Annual statistical returns and brief notes on vaccination in Bengal - 1887-1898
Year: 1887
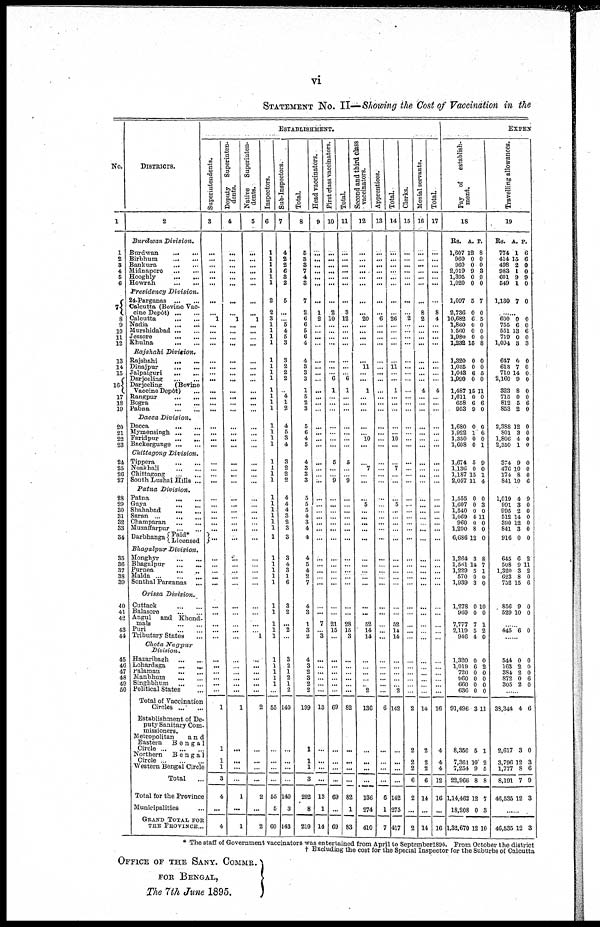
vi
STATEMENT No. II— Showing the Cost of Vaccination in the
No.
1
1
2
3
4
5
6
7
8
9
10
11
12
13
14
15
16
17
18
19
20
21
22
23
24
25
26
27
28
29
30
31
32
33
34
35
36
37
38
39
40
41
42
43
44
45
46
47
48
49
50
DISTRICTS.
2
Burdwan
Division.
Burdwan
...
...
Birbhum
...
...
Bankura
...
...
Midnapore ... ...
Hooghly
...
...
Howrah
...
...
Presidency
Division.
24-Parganas
...
...
Calcutta (Bovine Vac-
cine Depôt)
...
...
Calcutta
...
...
Nadia
...
...
Murshidabad
...
...
Jessore ... ...
Khulna
...
...
Rajshahi
Division.
Rajshahi
...
...
Dinajpur ... ...
Jalpaiguri
...
...
Darjeeling
...
...
Darjeeling
(Bovine
Vaccine Depôt)
...
Bangpur
...
...
Bogra
...
...
Pabna
...
...
Dacca
Division.
Dacca
...
...
Mymensingh
...
...
Paridpur
...
...
Backergunge
...
...
Chittagong
Division.
Tippera
...
...
Noakhali
...
...
Chittagong ... ...
South Lushai Hills ...
Patna
Division.
Patna
...
...
Gaya
... ...
Shahabad
...
...
Saran ... ... ...
Champaran
...
...
Muzaffarpur
...
...
Darbhanga Paid*
Licensed
Bhagalpur
Division.
Monghyr
...
...
Bhagalpur
...
...
Purnea
...
...
Malda
...
...
...
Sonthal Parganas
...
Orissa
Division.
Cuttack
...
...
Balasore
...
...
Angul
and Khond¬
mals
...
...
Puri
...
...
Tributary States
Chota
Nagpur
Division.
Hazaribagh
...
...
Lohardaga
. . . ...
Palamau
...
...
Manbhum
...
...
Singhbhum
...
...
Political States ...
Total of Vaccination
Circles
...
...
Establishment of De-
puty Sanitary Com-
missioners.
Metropolitan
a n d
Eastern
Bengal
Circle
...
...
...
Northern
Bengal
Circle
...
...
...
Western Bengal Circle
Total ...
Total for the Province
Municipalities ...
GRAND TOTAL FOR
THE PROVINCE ...
ESTABLISHMENT.
Superintendents.
3
...
...
...
...
...
...
...
...
l
...
...
...
...
...
...
...
...
...
...
...
...
...
...
...
...
...
...
...
...
...
...
...
...
...
...
5
...
...
...
...
...
...
...
...
...
...
...
...
...
...
...
...
1
1
1
1
3
4
...
4
Deputy
Superinten-
dents.
4
...
...
...
...
...
...
...
...
l
...
...
...
...
...
...
...
...
...
...
...
...
...
...
...
...
...
...
...
...
...
...
...
...
...
...
...
...
...
...
...
...
...
...
...
...
...
...
...
...
...
...
...
1
...
...
...
...
1
...
1
Native
Superinten-
dents.
5
...
...
...
...
...
...
...
...
1
...
...
...
...
...
...
...
...
...
...
...
...
...
...
...
...
...
...
...
...
...
...
...
...
...
...
...
...
...
...
...
...
...
...
...
...
1
...
...
...
...
...
...
2
...
...
...
...
2
...
2
Inspectors.
6
...
...
...
...
...
...
2
2
3
1
1
1
1
1
1
1
1
1
1
1
1
1
1
1
1
1
1
1
1
1
1
1
1
1
1
1
1
1
1
1
1
1
1
1
1
1
1
1
1
1
1
...
55
...
...
...
...
55
5
60
Sub-Inspectors.
7
4
2
2
6
3
2
5
...
...
5
4
5
3
3
2
2
2
...
4
1
2
4
5
3
4
3
2
2
2
4
4
4
3
2
3
3
3
4
3
1
6
3
2
...
2
...
3
2
1
2
1
2
140
...
...
...
...
140
3
143
Total.
8
5
3
3
7
4
3
7
2
6
6
5
6
4
4
3
3
3
1
5
2
3
5
6
4
5
4
3
3
3
5
5
5
4
3
4
4
4
5
4
2
7
4
3
1
3
2
4
3
2
3
2
2
199
1
1
1
3
202
8
210
Head vaccinators.
9
...
...
...
...
...
...
...
1
2
...
... ...
...
...
...
...
...
...
...
...
...
...
...
...
...
...
...
...
...
...
...
...
...
...
...
...
...
...
...
...
...
...
...
7
... 3
...
...
...
...
...
...
13
...
...
...
...
13
1
14
First class vaccinators.
10
...
...
...
...
...
...
...
2
10
...
...
...
...
...
...
... 6
1
...
...
...
...
...
...
...
5
...
...
9
...
...
...
...
...
...
...
...
...
...
...
...
...
...
21
15
...
...
...
...
...
...
...
69
...
...
...
...
69
...
69
Total.
11
...
...
...
...
...
...
...
3
12
...
... ...
...
...
...
...
6
1
...
...
...
...
...
...
...
5
...
...
9
...
...
...
...
...
...
...
...
...
...
...
...
...
...
28
15
3
...
...
...
...
...
...
82
...
...
...
...
82
1
83
Second and third class
vaccinators.
12
...
...
... ...
...
...
...
...
20
...
... ...
...
... 11
...
...
1
...
...
...
...
...
10
...
...
7
...
...
...
5
...
...
...
...
...
...
...
...
...
...
...
...
52
14
14
...
... ...
...
...
2
136
...
...
...
...
136
274
410
Apprentices.
13
...
...
...
...
...
...
...
...
6
...
... ...
...
...
...
...
...
...
...
...
...
...
...
...
...
...
...
...
...
...
...
...
...
...
...
...
...
...
...
...
...
...
...
...
...
...
...
... ...
...
...
...
6
...
...
...
...
6
1
7
Total.
14
...
...
...
...
...
...
...
...
26
...
...
...
...
...
11
...
...
1
...
...
...
...
...
10
...
...
7
...
...
...
5
...
...
...
...
...
...
... ...
...
...
...
...
52
14
14
...
... ...
...
... 2
142
...
...
...
...
142
275
417
Clerks.
15
...
...
...
...
...
...
...
...
2
...
... ...
...
...
...
...
...
...
...
...
...
...
...
...
...
...
...
...
...
...
...
...
...
...
...
...
...
...
...
...
...
...
...
...
...
...
...
... ...
...
... ...
2
2
2
2
6
2
...
2
Menial servants.
16
...
...
...
...
...
...
...
8
2
...
...
...
...
...
...
...
...
4
...
...
...
...
...
...
...
...
...
...
...
...
...
...
...
...
...
...
...
...
...
...
...
...
...
...
...
...
...
... ...
...
...
...
14
2
2
2
6
14
...
14
Total.
17
...
...
...
...
...
...
...
8
4
...
... ...
...
...
...
...
...
4
...
...
...
...
...
...
...
...
...
...
...
...
...
...
...
...
...
...
...
...
...
...
...
...
...
...
...
...
...
... ...
...
...
...
16
4
4
4
12
16
...
16
EXPEN
Pay
of
establish-
ment.
18
Rs.
1,607
960
960
2,019
1,395
1,020
A.
12
0
0
9
0
0
P.
8
0
0
3
0
0
1,097
2,736
10,682
1,860
1 560
1,980
1,232
5
0
6
0
0
0
15
7
0
5
0
0
0
8
1,320
1,035
1,043
1,990
1,487
1,611
658
953
0
0
6
0
15
0
6
9
0
0
5
0
11
0
6
0
1,680
1,922
1,350
1,608
0
1
0
0
0
6
0
1
1,674
1,136
1,187
2,057
5
0
15
11
9
0
1
4
1,555
1,607
1,540
1,069
960
1,200
6,686
0
0
0
4
0
8
12
0
3
0
11
0
0
0
1,264
1,561
1,229
570
1,939
3
14
5
0
3
8
7
1
0
0
1,278
960
7,777
2,119
946
0
0
7
5
4
10
0
1
2
0
1,320
1,019
720
960
660
636
91,496
8,350
7,361
7,254
22,966
1,14,462
18,208
1,32,670
0
6
0
0
0
0
3
5
10
9
8
12
0
12
0
2
0
0
0
0
11
1
2
5
8
7
3
10
Travelling allowances.
19
Rs.
774
414
498
983
601
549
A.
1
15
2
1
9
1
P.
6
6
0
0
9
0
1,130 7 0
...
600
755
551
719
1,094
0
6
13
0
3
0
0
6
0
3
647
613
710
2,160
323
715
812
853
0
7
14
9
8
0
5
2
0
0
0
0
0
0
6
0
2,388
801
1,806
2,350
12
3
4
1
0
0
0
0
374
476
174
841
9
10
8
10
0
0
0
6
1,019
991
995
512
390
841
916
4
3
2
14
12
3
0
9
0
0
0
0
0
0
645
508
1,320
623
732
6
9
3
8
15
2
11
2
0
6
856
529
9
10
0
0
...
445 6 0
...
544
163
384
872
305
0
2
2
0
2
0
0
0
6
0
...
38,344
2,617
3,796
1,777
8,191
46,535
4
3
12
8
7
12
6
0
3
6
9
3
...
46,535 12 3
* The staff of Government vaccinators was entertained from April to September1894. From October the district
† Excluding the cost for the Special Inspector for the Suburbs of Calcutta
OFFICE OF THE SANY. COMMR.
FOR BENGAL,
The 7th June 1895.